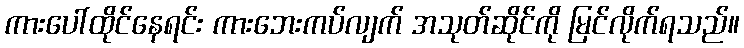
ကားပေါ်ထိုင်နေရင်း ကားဘေးကပ်လျက် အသုတ်ဆိုင်ကို မြင်လိုက်ရသည်။